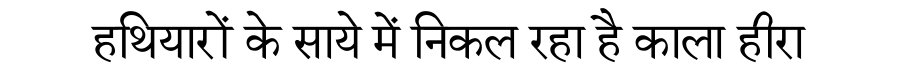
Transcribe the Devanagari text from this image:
हथियारों के साये में निकल रहा है काला हीरा